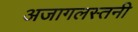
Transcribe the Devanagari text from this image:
अजागलस्तनी